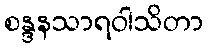
စန္ဒနသာရဝါသိတာ